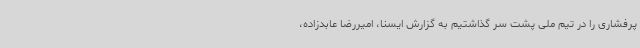
پرفشاری را در تیم ملی پشت سر گذاشتیم به گزارش ایسنا، امیررضا عابدزاده،